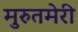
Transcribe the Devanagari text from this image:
मुरुतमेरी